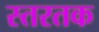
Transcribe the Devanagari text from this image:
स्तरतक